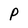
Character: P